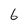
Character: 6